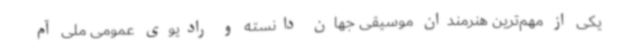
یکی از مهم‌ترین هنرمندان موسیقی جهان دانسته و رادیوی عمومی ملی آم